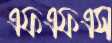
এফএফএস